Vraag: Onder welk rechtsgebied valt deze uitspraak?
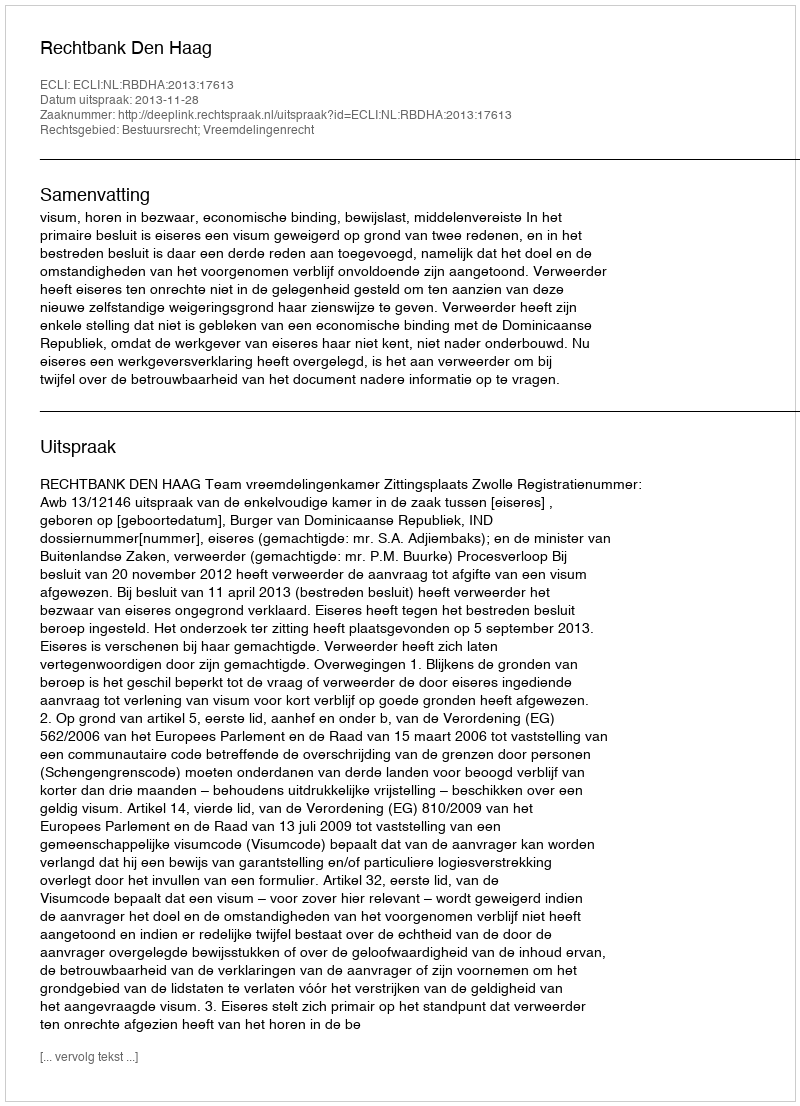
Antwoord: Bestuursrecht; Vreemdelingenrecht